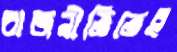
রাজনীতিতেই